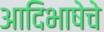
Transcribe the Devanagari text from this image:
आदिभाषेचे